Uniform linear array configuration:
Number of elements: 16
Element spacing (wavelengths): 0.5
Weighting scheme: uniform
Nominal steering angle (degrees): -30
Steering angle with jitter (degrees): -30.714
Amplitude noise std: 0.05
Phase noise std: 0.05

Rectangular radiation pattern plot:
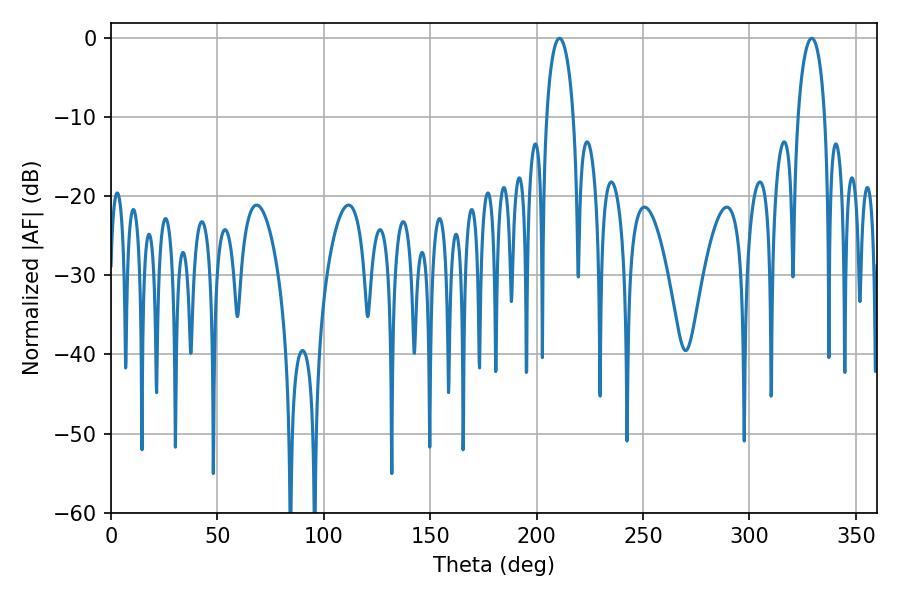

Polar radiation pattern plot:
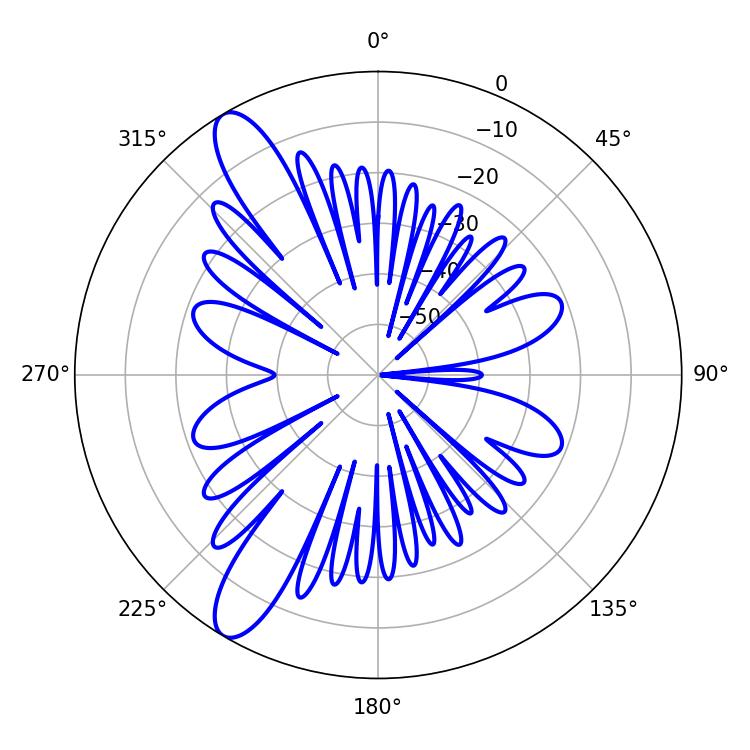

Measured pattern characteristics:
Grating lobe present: FALSE
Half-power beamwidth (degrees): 7.2
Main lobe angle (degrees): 329.22